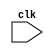
module behavioral_block (
    input clk,
    // other input ports,
    // output ports
);

reg some_signal;

always @(posedge clk, negedge clk) begin
    // behavioral code here
end

endmodule